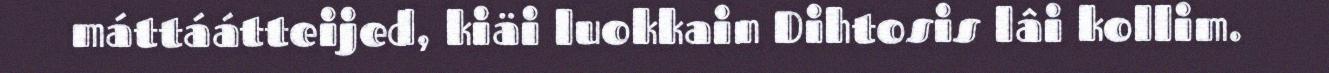
máttáátteijed, kiäi luokkain Dihtosis lâi kollim.